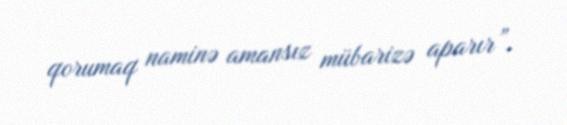
qorumaq naminə amansız mübarizə aparır”.